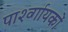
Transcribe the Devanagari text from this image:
पार्श्व्गायकों